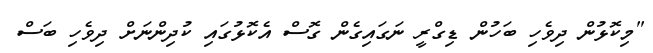
"މިކޮޅުން ދިވެހި ބަހުން ޑިގްރީ ނަގައިގެން ގޮސް އެކޮޅުގައި ކުދިންނަށް ދިވެހި ބަސް